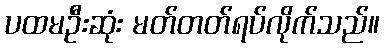
ပထမဦးဆုံး မတ်တတ်ရပ်လိုက်သည်။